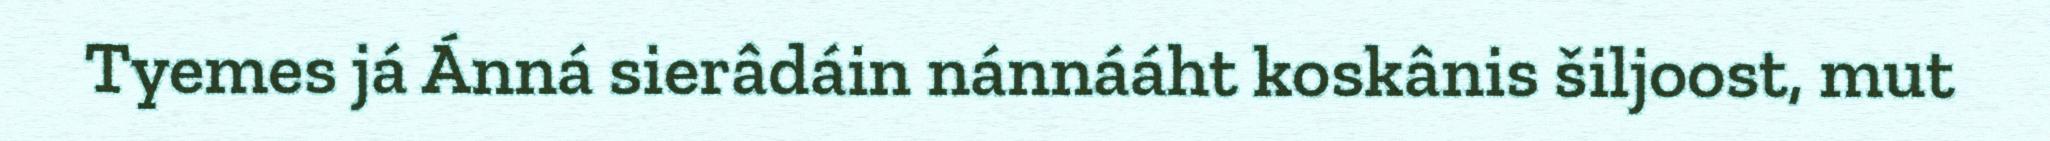
Tyemes já Ánná sierâdáin nánnááht koskânis šiljoost, mut